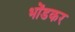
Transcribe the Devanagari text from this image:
भोंडकर